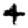
Digit: 4